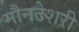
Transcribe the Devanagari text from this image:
मौनटेशरी